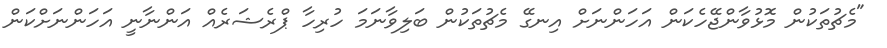
"މެޗުތަކުން މޮޅުވާންޖޭހެކަން އަހަންނަށް އިނގޭ މެޗުތަކުން ބަލިވާނަމަ ހުރިހާ ޕްރެޝަރެއް އަންނާނީ އަހަންނަށްކަން